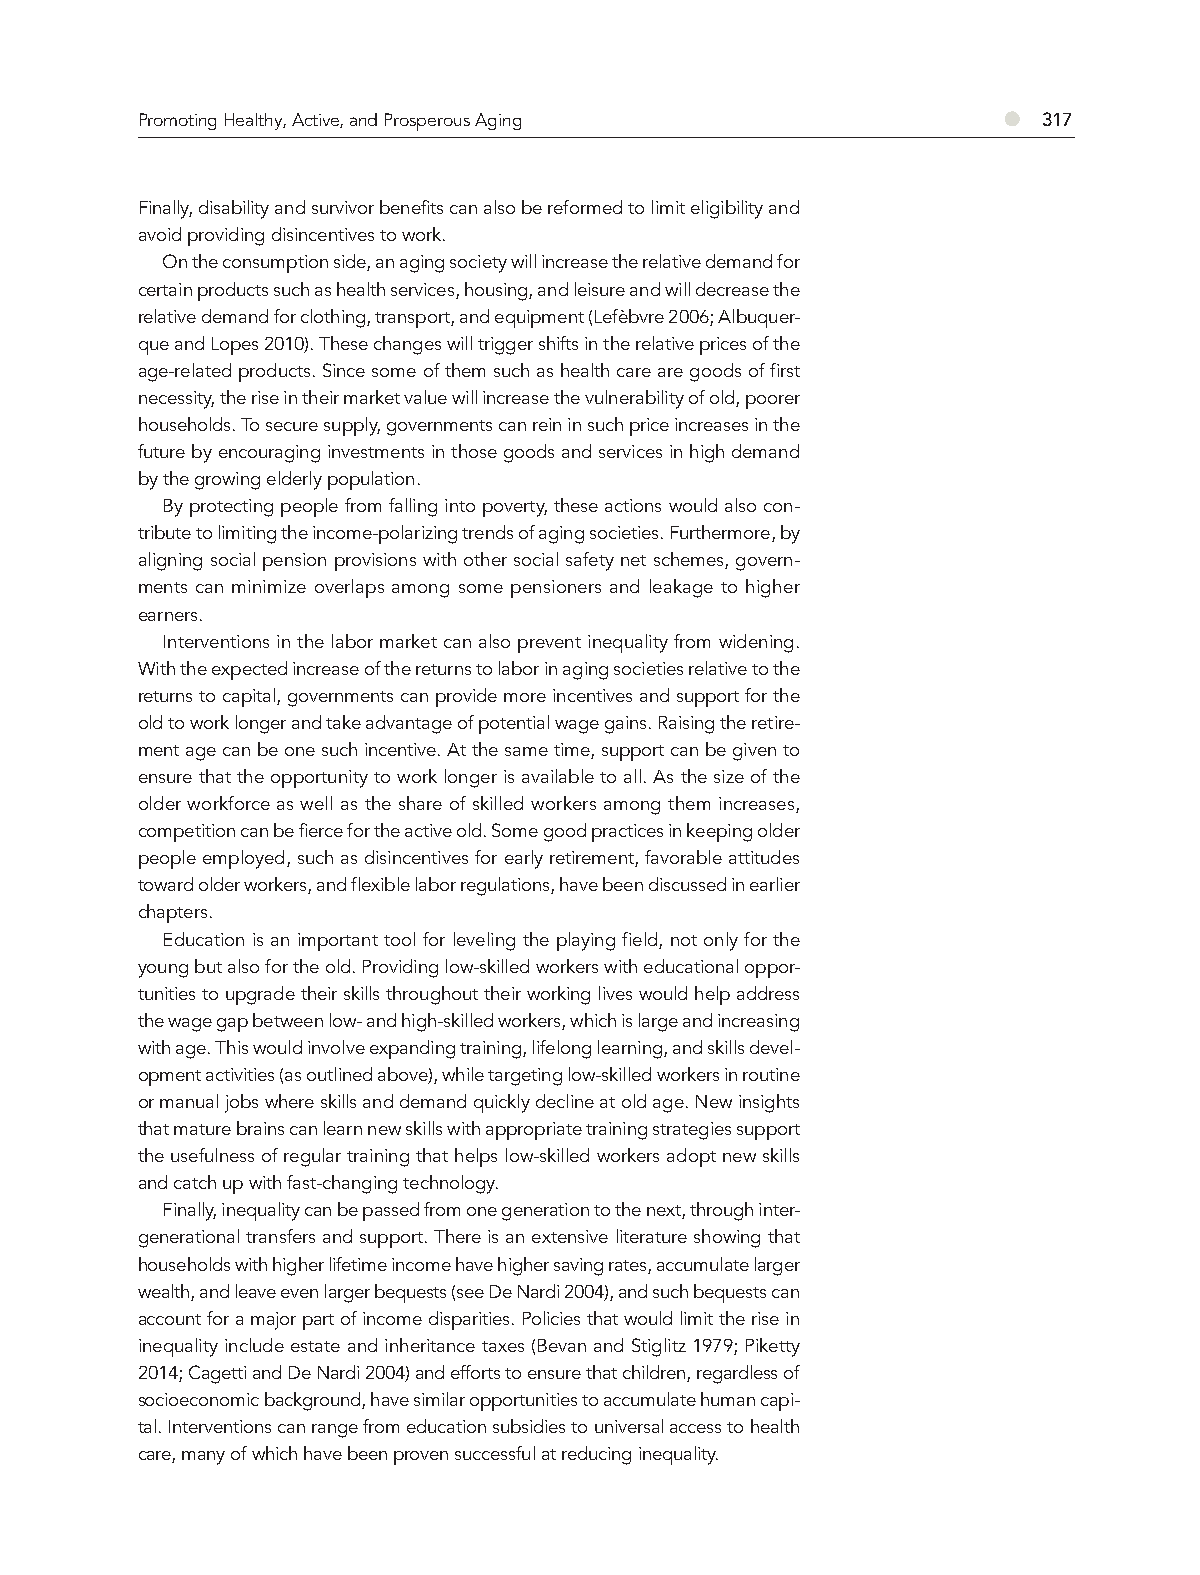
Promoting Healthy, Active, and Prosperous Aging          ●  317
 Finally, disability and survivor benefits can also be reformed to limit eligibility and
 avoid providing disincentives to work.
 On the consumption side, an aging society will increase the relative demand for
 certain products such as health services, housing, and leisure and will decrease the
 relative demand for clothing, transport, and equipment (Lefèbvre 2006; Albuquer-
 que and Lopes 2010). These changes will trigger shifts in the relative prices of the
 age-related products. Since some of them such as health care are goods of first
 necessity, the rise in their market value will increase the vulnerability of old, poorer
 households. To secure supply, governments can rein in such price increases in the
 future by encouraging investments in those goods and services in high demand
 by the growing elderly population.
 By protecting people from falling into poverty, these actions would also con-
 tribute to limiting the income-polarizing trends of aging societies. Furthermore, by
 aligning social pension provisions with other social safety net schemes, govern-
 ments can minimize overlaps among some pensioners and leakage to higher
 earners.
 Interventions in the labor market can also prevent inequality from widening.
 With the expected increase of the returns to labor in aging societies relative to the
 returns to capital, governments can provide more incentives and support for the
 old to work longer and take advantage of potential wage gains. Raising the retire-
 ment age can be one such incentive. At the same time, support can be given to
 ensure that the opportunity to work longer is available to all. As the size of the
 older workforce as well as the share of skilled workers among them increases,
 competition can be fierce for the active old. Some good practices in keeping older
 people employed, such as disincentives for early retirement, favorable attitudes
 toward older workers, and flexible labor regulations, have been discussed in earlier
 chapters.
 Education is an important tool for leveling the playing field, not only for the
 young but also for the old. Providing low-skilled workers with educational oppor-
 tunities to upgrade their skills throughout their working lives would help address
 the wage gap between low- and high-skilled workers, which is large and increasing
 with age. This would involve expanding training, lifelong learning, and skills devel-
 opment activities (as outlined above), while targeting low-skilled workers in routine
 or manual jobs where skills and demand quickly decline at old age. New insights
 that mature brains can learn new skills with appropriate training strategies support
 the usefulness of regular training that helps low-skilled workers adopt new skills
 and catch up with fast-changing technology.
 Finally, inequality can be passed from one generation to the next, through inter-
 generational transfers and support. There is an extensive literature showing that
 households with higher lifetime income have higher saving rates, accumulate larger
 wealth, and leave even larger bequests (see De Nardi 2004), and such bequests can
 account for a major part of income disparities. Policies that would limit the rise in
 inequality include estate and inheritance taxes (Bevan and Stiglitz 1979; Piketty
 2014; Cagetti and De Nardi 2004) and efforts to ensure that children, regardless of
 socioeconomic background, have similar opportunities to accumulate human capi-
 tal. Interventions can range from education subsidies to universal access to health
 care, many of which have been proven successful at reducing inequality.